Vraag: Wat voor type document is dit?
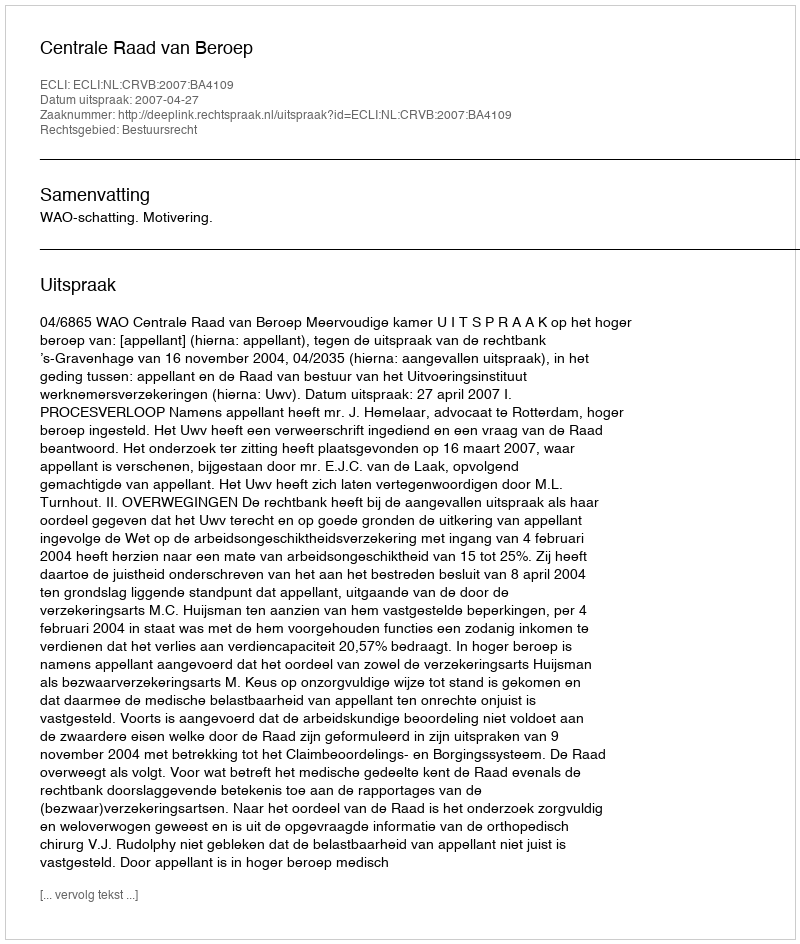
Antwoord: Uitspraak